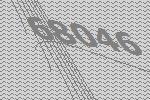
68046